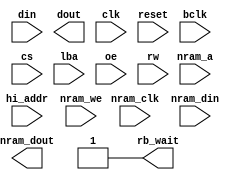
//////////////////////////////////////////////////////////////////////////////
// Copyright (c) 2013, Andrew "bunnie" Huang
//
// See the NOTICE file distributed with this work for additional 
// information regarding copyright ownership.  The copyright holder 
// licenses this file to you under the Apache License, Version 2.0 
// (the "License"); you may not use this file except in compliance
// with the License.  You may obtain a copy of the License at
//
//   http://www.apache.org/licenses/LICENSE-2.0
//
// Unless required by applicable law or agreed to in writing,
// code distributed under the License is distributed on an
// "AS IS" BASIS, WITHOUT WARRANTIES OR CONDITIONS OF ANY
// KIND, either express or implied.  See the License for the
// specific language governing permissions and limitations
// under the License.
//////////////////////////////////////////////////////////////////////////////

module novena_eim(
		  input wire [15:0] din,
		  output wire [15:0] dout,
		  input wire clk,
		  input wire reset,

		  input wire bclk,
		  input wire [1:0] cs,
		  input wire [18:16] hi_addr,
		  input wire lba,
		  input wire oe,
		  input wire rw,
		  output wire rb_wait,

		  input nram_clk,
		  input [15:0] nram_a,
		  input [7:0] nram_din,
		  output [7:0] nram_dout,
		  input nram_we
		  
		  );

   reg 		      bus_write;
   reg 		      rw_del;
   reg 		      lba_del;
   reg [18:0] 	      bus_addr;
   reg [15:0] 	      bus_data;

   reg [15:0] 	      din_r;
   reg 		      rw_r;
   reg 		      cs0_r;
   reg [18:0] 	      addr_r;
   reg 		      lba_r;

   always @(posedge bclk) begin
      addr_r <= {hi_addr, din};
      cs0_r <= cs[0];
      rw_r <= rw;
      din_r <= din;
      lba_r <= lba;
   end

   // leave out the EIM ram on the DDR3 implementation, freeing up space for chipscope
//   novena_eim2 eimram(
//		   .clka(bclk),
//		   .ena(!cs0_r && (bus_addr[18:16] == 3'b0)),
//		   .wea(!rw_r),
//		   .addra(bus_addr[15:1]),
//		   .douta(dout[15:0]),
//		   .dina(din_r[15:0]),
		      
//		   .clkb(nram_clk),
//		   .addrb(nram_a[15:0]),
//		   .web(nram_we),
//		   .dinb(nram_din),
//		   .doutb(nram_dout)
//		   );

   always @(posedge bclk) begin
      if( !lba ) begin // latch address on LBA low
	 bus_addr <= {hi_addr, din};
      end else begin
	 bus_addr <= bus_addr;
      end
   end

   assign rb_wait = 1'b1; // wait is active low, no wait state for now
   
endmodule // novena_eim